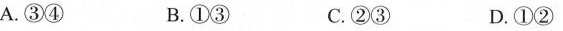
A.③④ B.①③ C.②③ D.①②